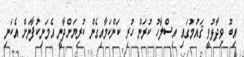
އިބޫ ވިދާޅުވީ ޤައުމުގައި އިސްލާހު ކުރަން ހުރި ކަންކަމާއިގެން ކުރިޔަށްދާނީ އެމަނިކުފާނަށް އެކަނި